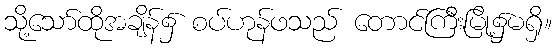
သို့သော်ထိုအချိန်၌ စပ်ဟုန်ဖသည် တောင်ကြီးမြို့၌မရှိ။